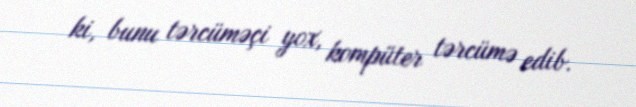
ki, bunu tərcüməçi yox, kompüter tərcümə edib.